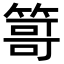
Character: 𥰯